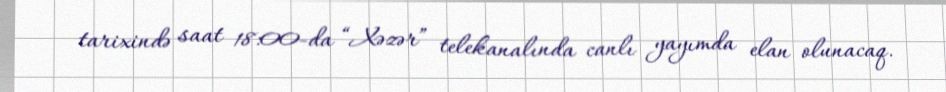
tarixində saat 18:00-da “Xəzər” telekanalında canlı yayımda elan olunacaq.